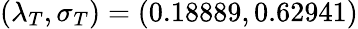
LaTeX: (\lambda_{T},\sigma_{T})=(0.18889,0.62941)